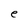
Character: e